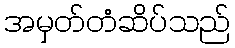
အမှတ်တံဆိပ်သည်